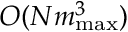
O ( N m _ { \operatorname* { m a x } } ^ { 3 } )